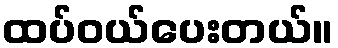
ထပ်ဝယ်ပေးတယ်။